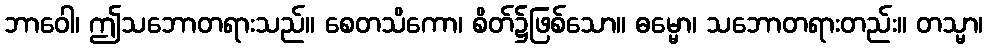
ဘာဝေါ၊ ဤသဘောတရားသည်။ စေတသိကော၊ စိတ်၌ဖြစ်သော။ ဓမ္မော၊ သဘောတရားတည်း။ တသ္မာ၊